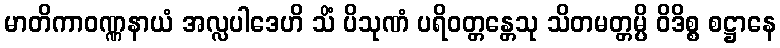
မာတိကာဝဏ္ဏနာယံ အလ္လပါဒေဟိ သိံ ပိသုဏံ ပရိဝတ္တန္တေသု သိတမတ္တမ္ပိ ဝိဒိစ္စ စဋ္ဌာနေ